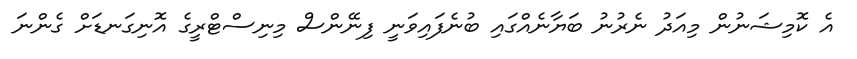
އެ ކޮމިޝަނުން މިއަދު ނެރުނު ބަޔާނެއްގައި ބުނެފައިވަނީ ފިނޭންސް މިނިސްޓްރީގެ އޮނިގަނޑަށް ގެންނަ